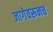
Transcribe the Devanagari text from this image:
जागेवरूनच